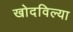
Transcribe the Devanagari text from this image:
खोदविल्या